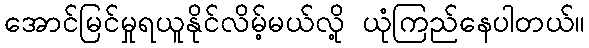
အောင်မြင်မှုရယူနိုင်လိမ့်မယ်လို့ ယုံကြည်နေပါတယ်။